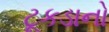
ટૂકડાનો